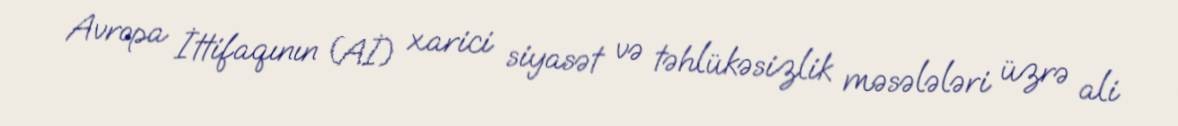
Avropa İttifaqının (Aİ) xarici siyasət və təhlükəsizlik məsələləri üzrə ali